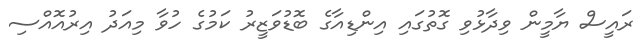
ރައީސް ޔާމީން ވިދާޅުވި ގޮތުގައި އިންޑިއާގެ ބޮޑުވަޒީރު ކަމުގެ ހުވާ މިއަދު އިރުއޮއްސި